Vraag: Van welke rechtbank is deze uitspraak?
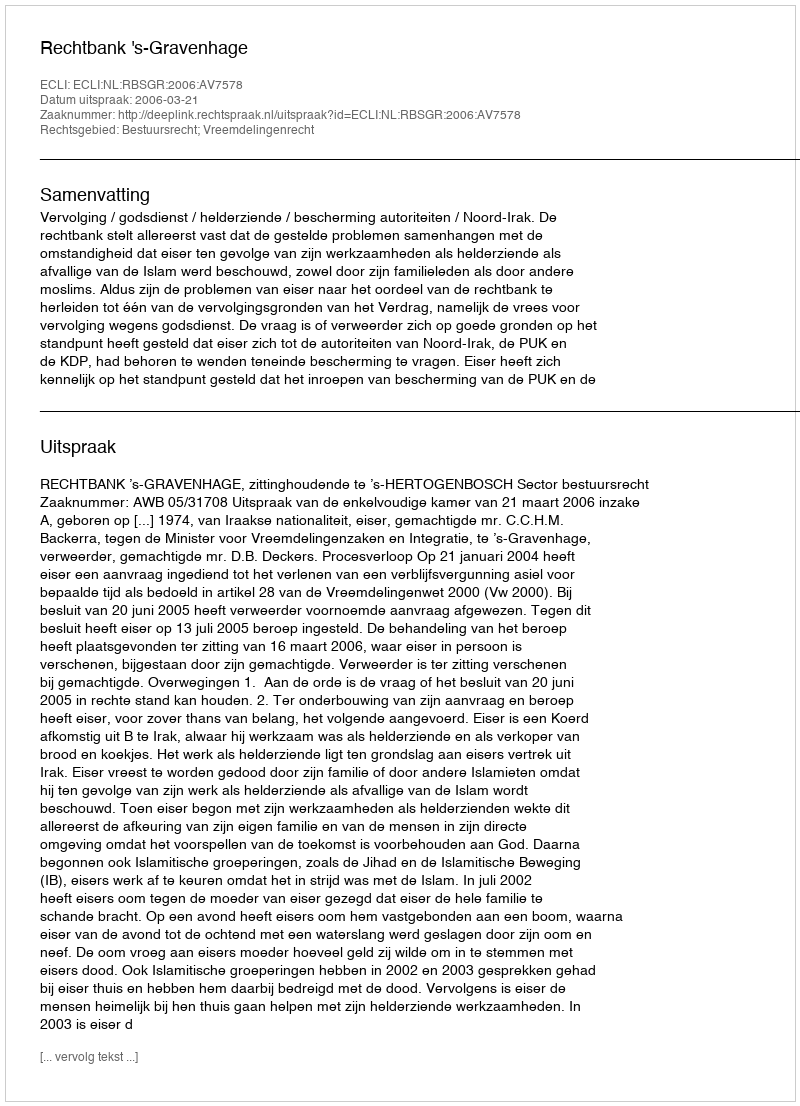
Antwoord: Rechtbank 's-Gravenhage